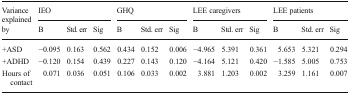
<table><thead><tr><td rowspan="2"><b>Variance explained by</b></td><td colspan="3"><b>IEO</b></td><td colspan="3"><b>GHQ</b></td><td colspan="3"><b>LEE caregivers</b></td><td colspan="3"><b>LEE patients</b></td></tr><tr><td><b>B</b></td><td><b>Std. err</b></td><td><b>Sig</b></td><td><b>B</b></td><td><b>Std. err</b></td><td><b>Sig</b></td><td><b>B</b></td><td><b>Std. err</b></td><td><b>Sig</b></td><td><b>B</b></td><td><b>Std. err</b></td><td><b>Sig</b></td></tr></thead><tbody><tr><td>+ASD</td><td>−0.095</td><td>0.163</td><td>0.562</td><td>0.434</td><td>0.152</td><td>0.006</td><td>−4.965</td><td>5.391</td><td>0.361</td><td>5.653</td><td>5.321</td><td>0.294</td></tr><tr><td>+ADHD</td><td>−0.120</td><td>0.154</td><td>0.439</td><td>0.227</td><td>0.143</td><td>0.120</td><td>−4.164</td><td>5.121</td><td>0.420</td><td>−1.585</td><td>5.005</td><td>0.753</td></tr><tr><td>Hours of contact</td><td>0.071</td><td>0.036</td><td>0.051</td><td>0.106</td><td>0.033</td><td>0.002</td><td>3.881</td><td>1.203</td><td>0.002</td><td>3.259</td><td>1.161</td><td>0.007</td></tr></tbody></table>